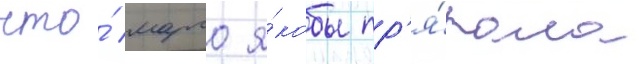
что́ марго я́кобы пр'я́тала